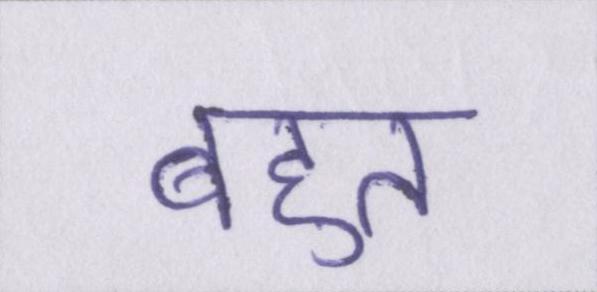
बहुत